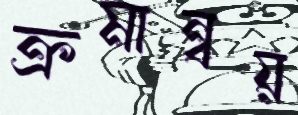
ক্রমান্বয়